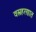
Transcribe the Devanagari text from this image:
वस्त्रहरणात